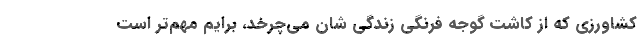
کشاورزی که از کاشت گوجه فرنگی زندگی شان می‌چرخد، برایم مهم‌تر است